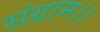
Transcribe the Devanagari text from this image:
संग्राम।।